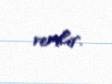
verilir.